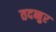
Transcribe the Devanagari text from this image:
तदब्बुर